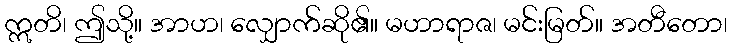
ဣတိ၊ ဤသို့။ အာဟ၊ လျှောက်ဆို၏။ မဟာရာဇ၊ မင်းမြတ်။ အတီတော၊